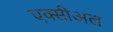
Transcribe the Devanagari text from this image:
एक्सीअल